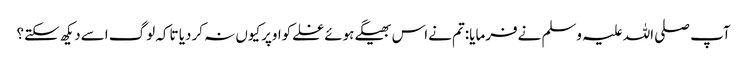
آپ صلی اللہ علیہ وسلم نےفرمایا:تم نےاس بھیگےہوئےغلےکواوپرکیوں نہ کردیا تاکہ لوگ اسےدیکھ سکتے؟